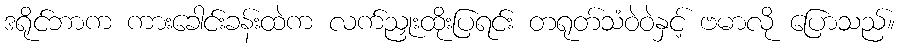
ဒရိုင်ဘာက ကားခေါင်းခန်းထဲက လက်ညှုးထိုးပြရင်း တရုတ်သံဝဲဝဲနှင့် ဗမာလို ပြောသည်။